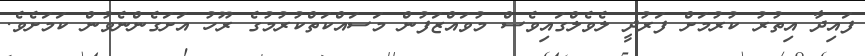
ފައިދާ އިތުރު ކުރުމަށް ފަރުދީ ލެވެލްގައިވެސް މުވައްޒަފުން މަސައްކަތްކުރުމުގެ ރޫހު އަށަގެންނެވުން ކަމަށެވެ.